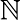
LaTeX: {\cal\mathbb{N}}